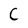
Character: C